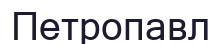
Петропавл